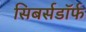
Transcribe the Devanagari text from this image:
सिबर्सडॉर्फ